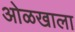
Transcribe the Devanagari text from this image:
ओळखाला